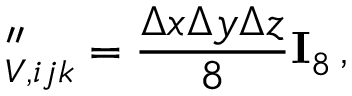
\mathbf \Lambda _ { V , i j k } ^ { \prime \prime } = \frac { \Delta x \Delta y \Delta z } { 8 } \mathbf I _ { 8 } \, ,